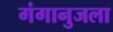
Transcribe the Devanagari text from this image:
गंगानुजला